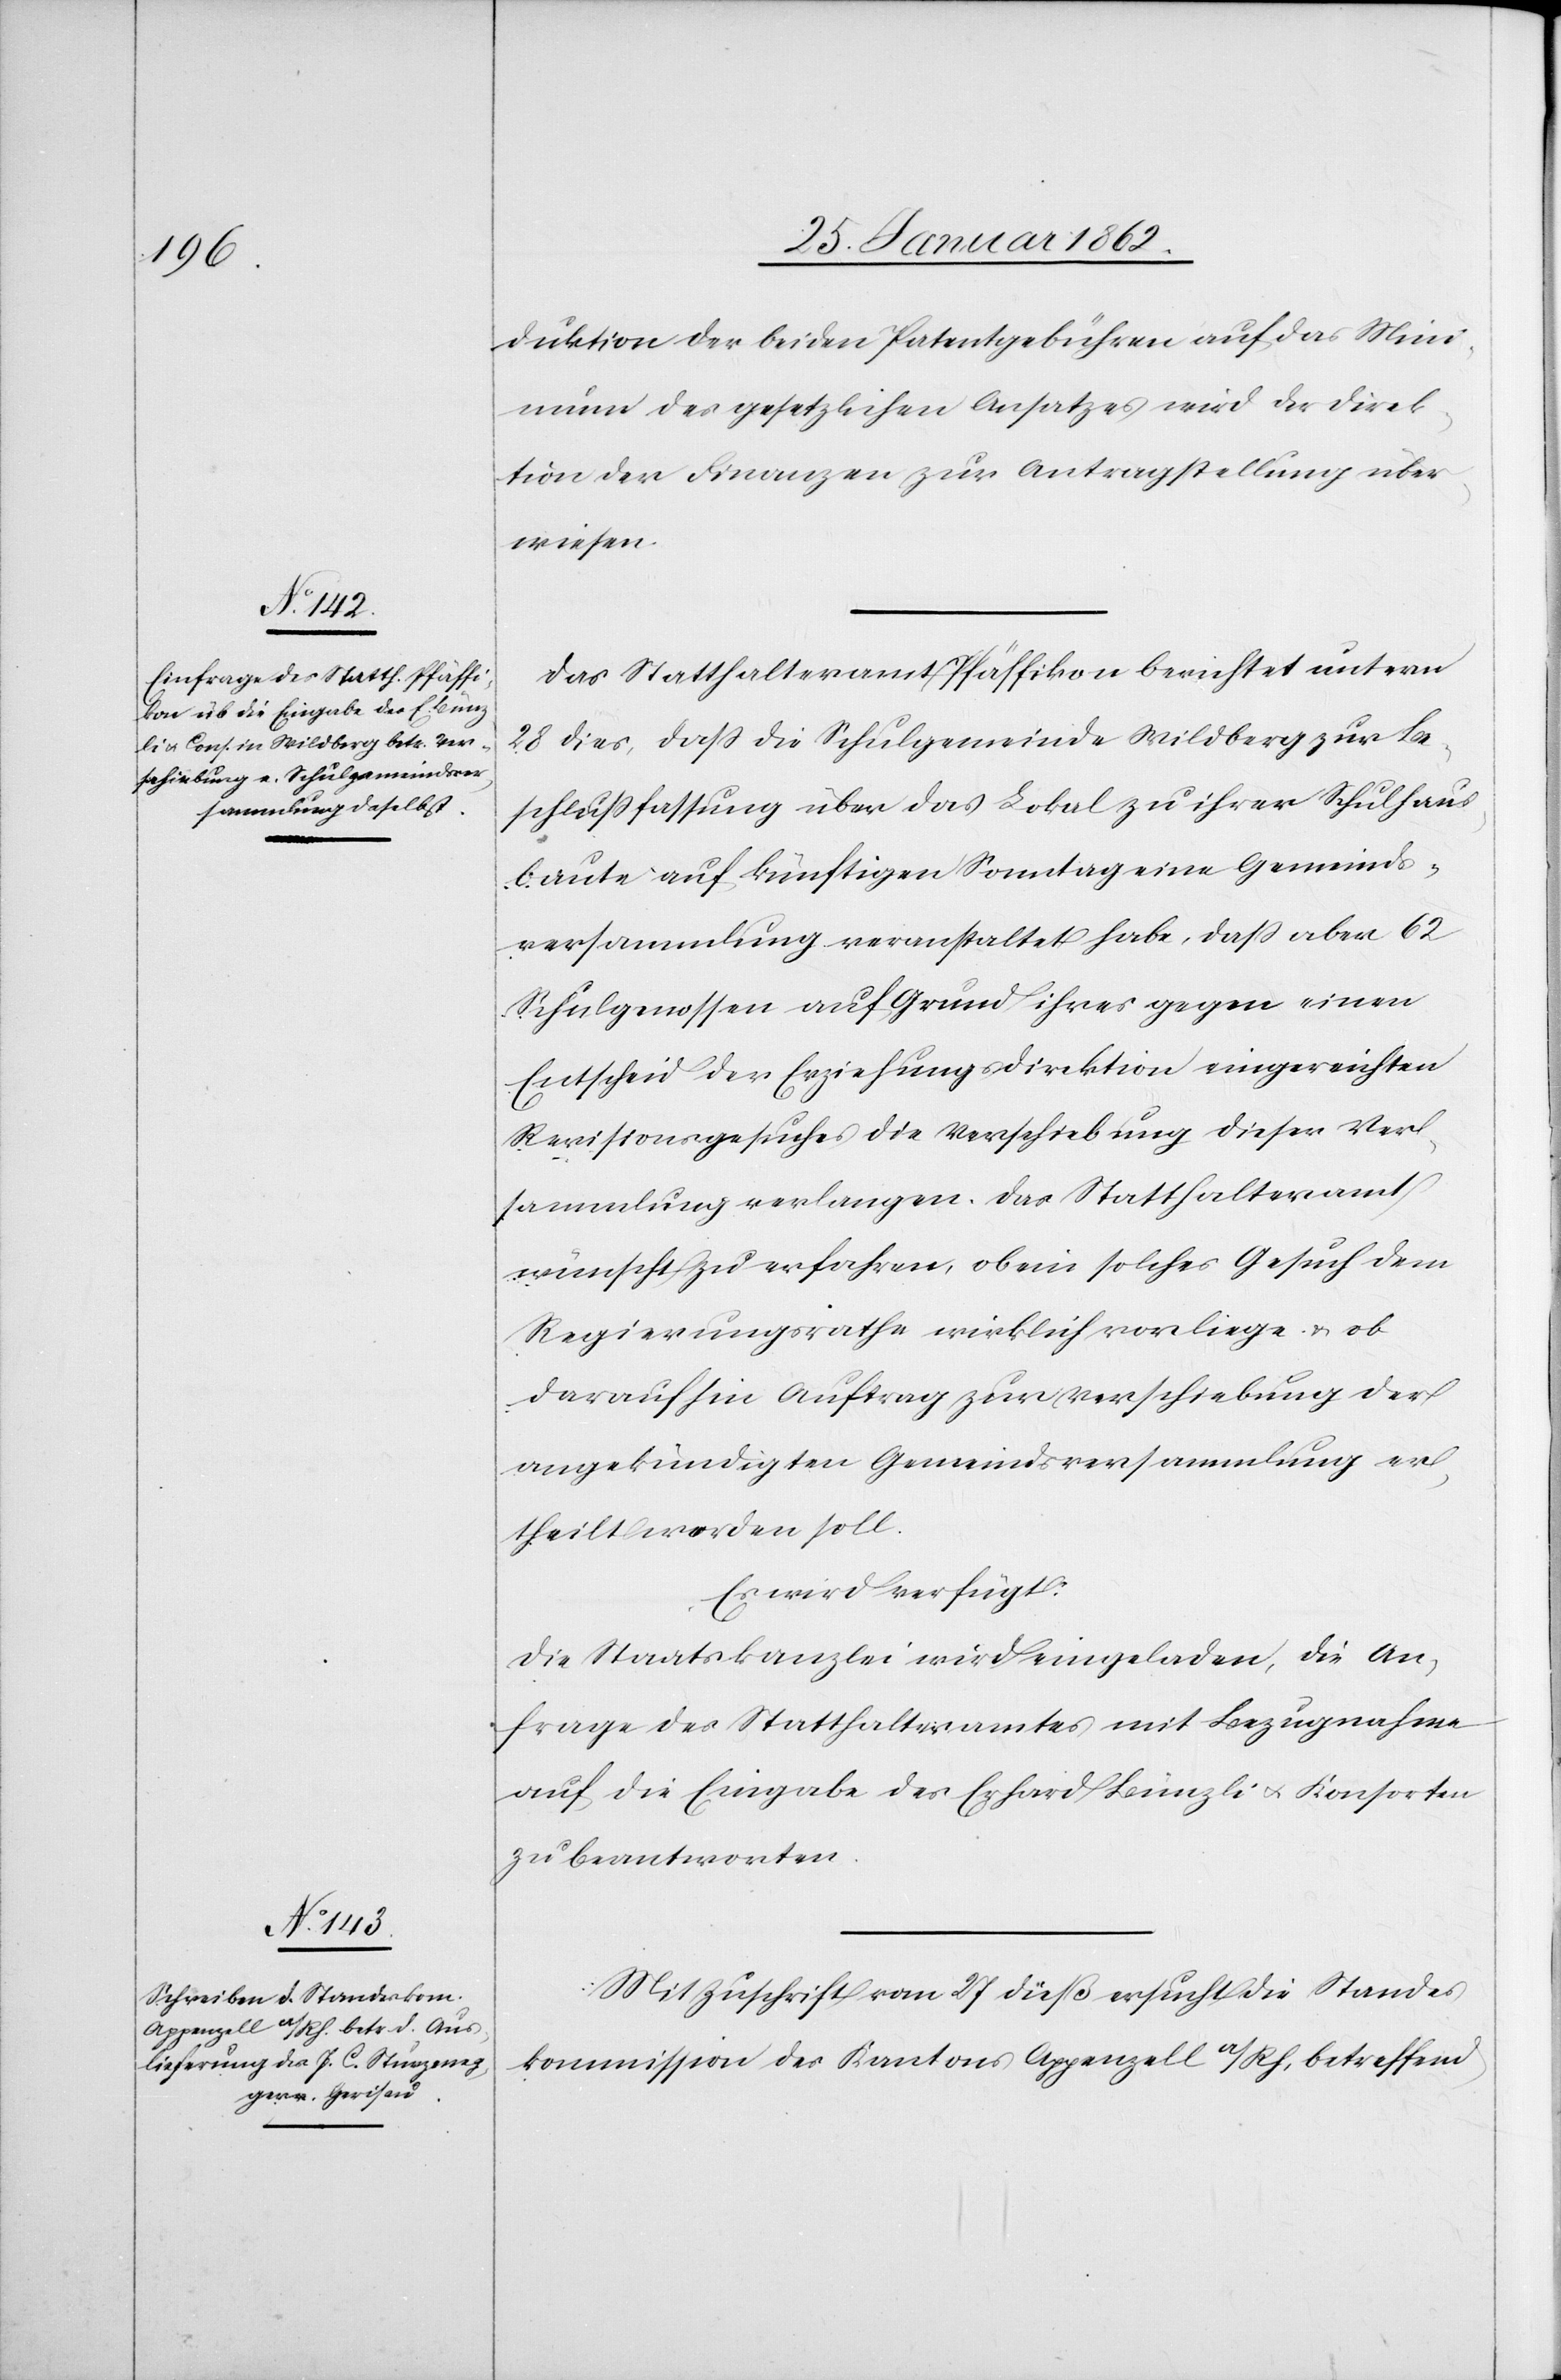
29. Januar 1862.]
duktion der beiden Patentgebühren auf das Mini¬
mum des gesetzlichen Ansatzes wird der Direk¬
tion der Finanzen zur Antragstellung über¬
wiesen.
Das Statthalteramt Pfäffikon berichtet unterm
28 dies, daß die Schulgemeinde Wildberg zur Be¬
schlußfassung über das Lokal zu ihrer Schulhaus¬
baute auf künftigen Sonntag eine Gemeinds¬
versammlung veranstaltet habe, daß aber 62
Schulgenossen auf Grund ihres gegen einen
Entscheid der Erziehungsdirektion eingereichten
Revisionsgesuches die Verschiebung dieser Ver¬
sammlung verlangen. Das Statthalteramt
wünsche zu erfahren, ob ein solches Gesuch dem
Regierungsrathe wirklich vorliege u. ob
darauf hin Auftrag zur Verschiebung der
angekündigten Gemeindsversammlung er¬
theilt werden soll.
Es wird verfügt:
Die Staatskanzlei wird eingeladen, die An¬
frage des Statthalteramtes mit Bezugnahme
auf die Eingabe des Erhard Bünzli u. Konsorten
zu beantworten.
Mit Zuschrift vom 27 dieß ersucht die Standes¬
kommission des Kantons Appenzell a/Rh, betreffend